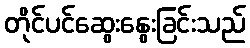
တိုင်ပင်ဆွေးနွေးခြင်းသည်